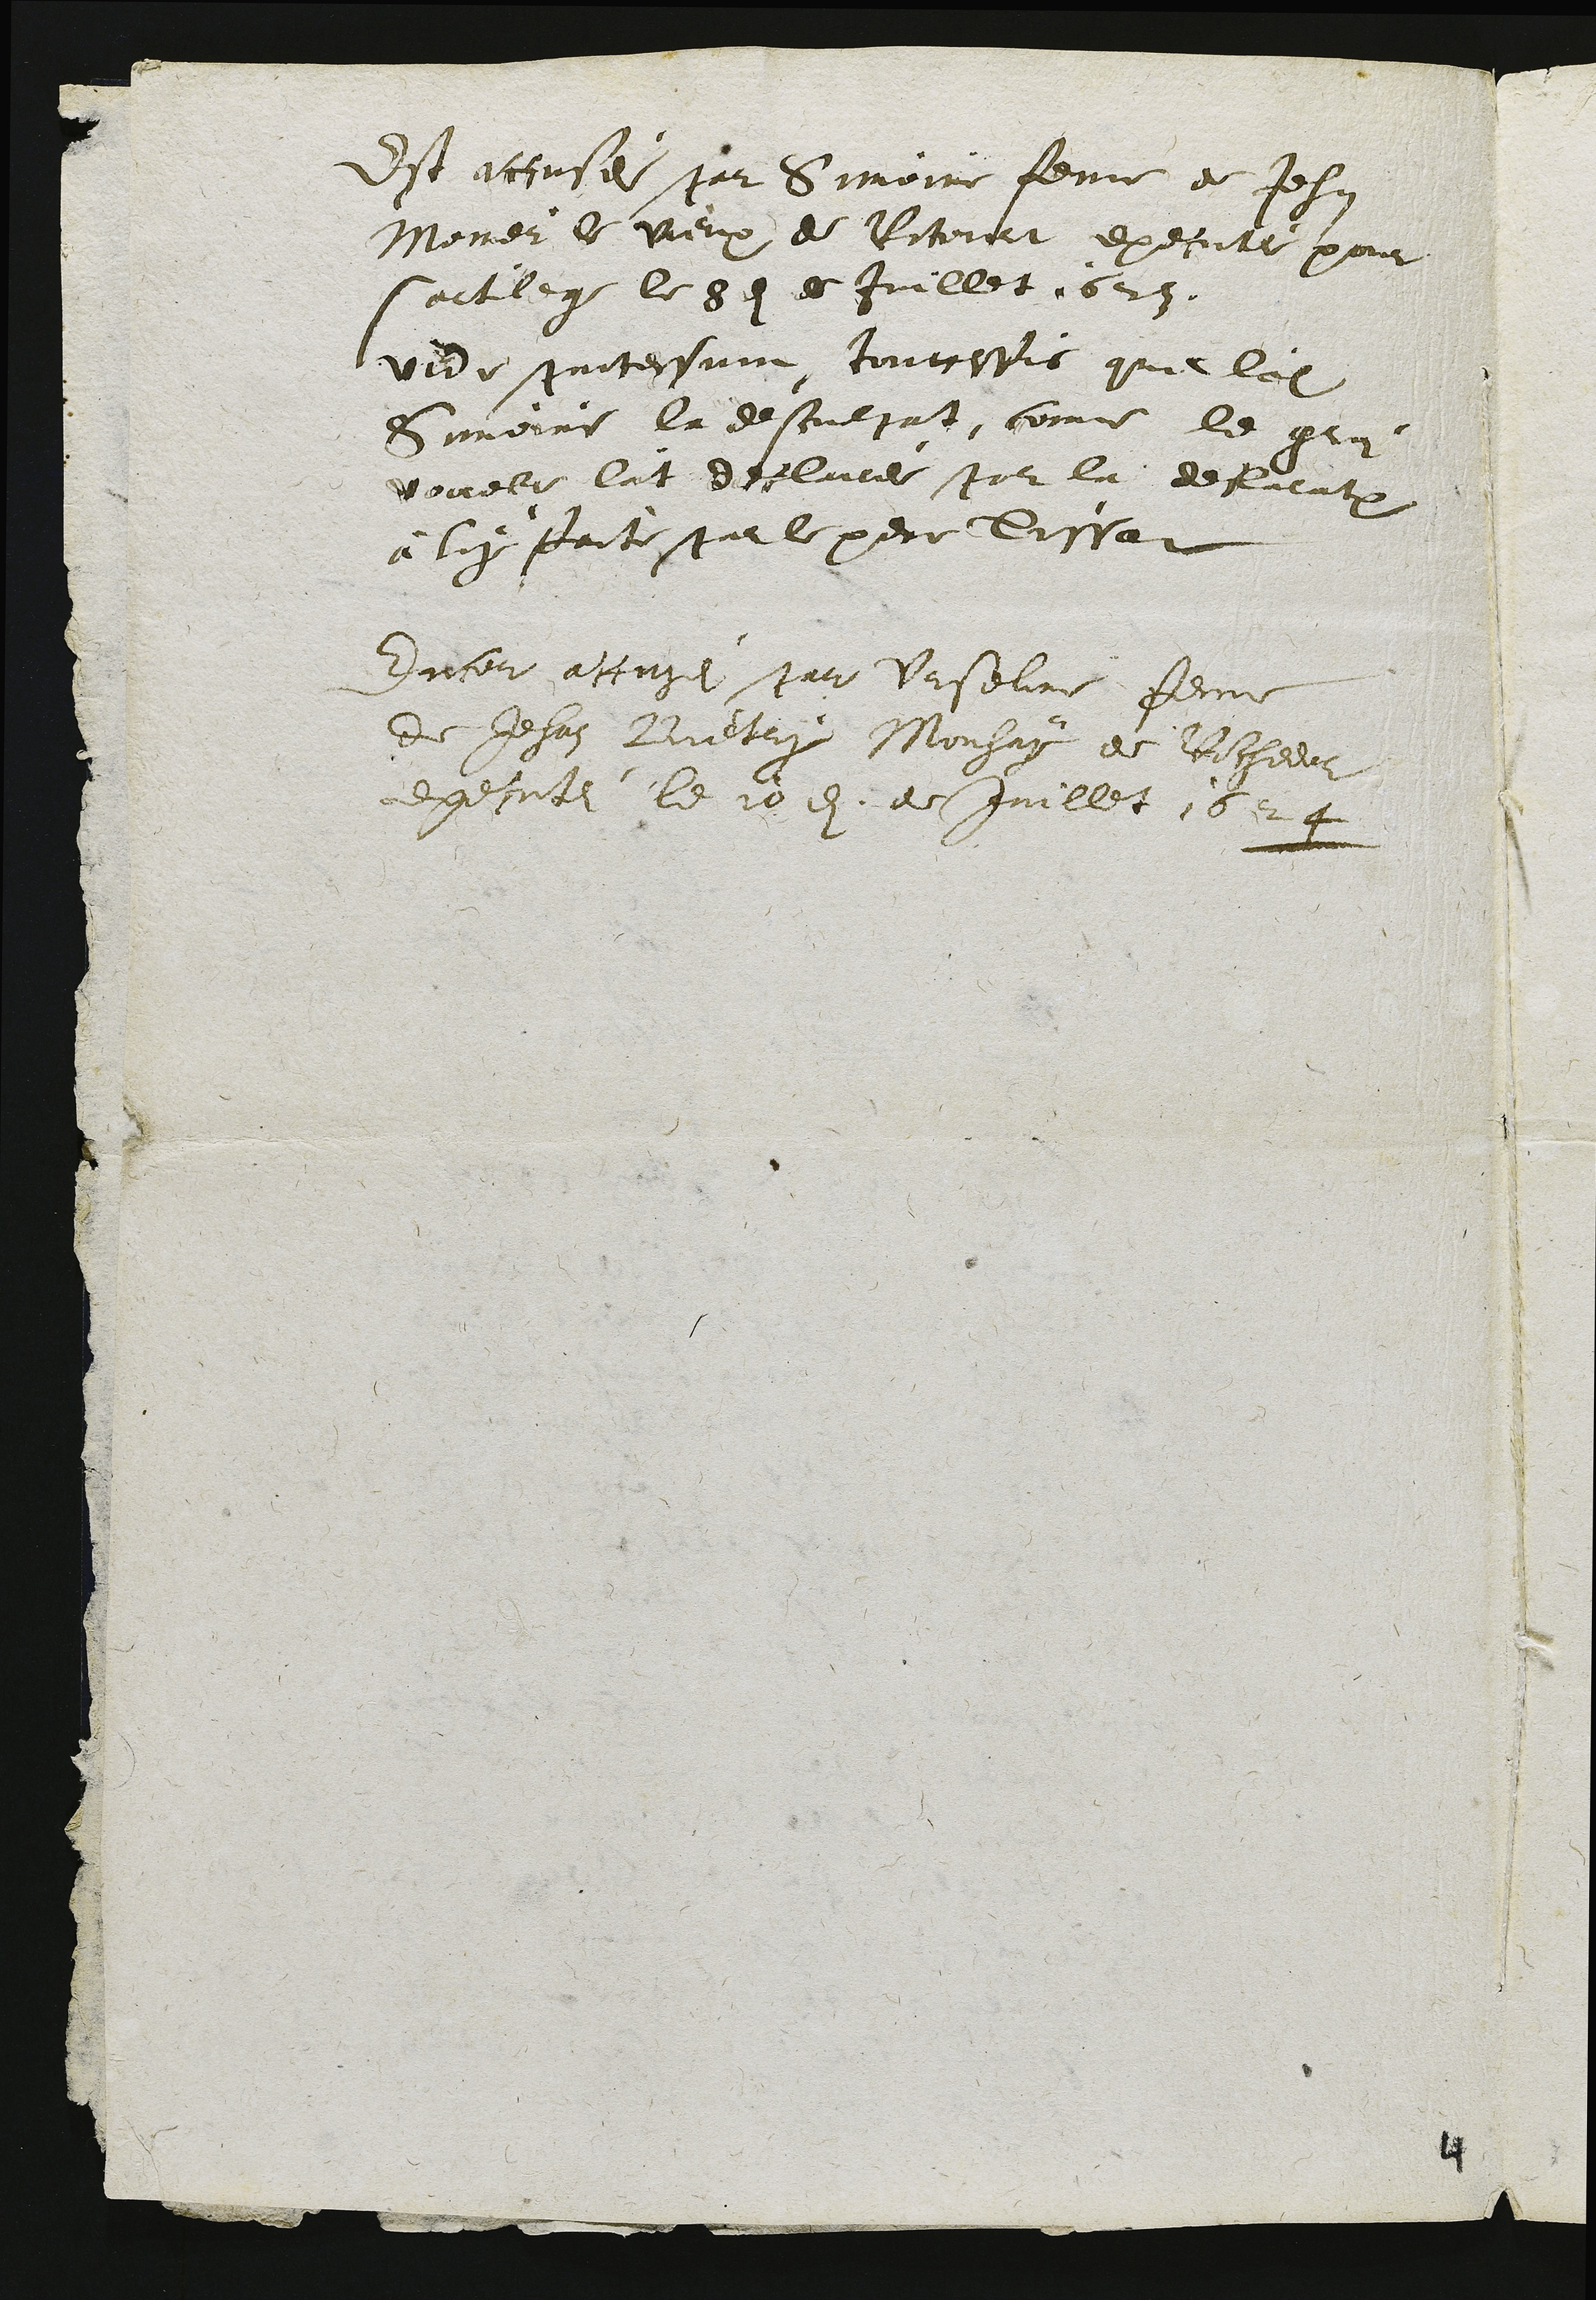
Est accusei par Simoine femme de Jehan
Moner Se vieux de Ritorut exetute pour
satileg le 84 de Juillet 1623.
vedu puntessume, toutestis que ledit
Somenne là descuepat, comme le gri
vouel lat declaite por la defaration
à luy forte parle pere dissat
Encor attugei par Urseline femme
de Jehan Buetry Mouhay de Rochedor
executi le 10e de Juillet 1624

4